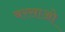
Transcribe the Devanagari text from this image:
बरसाओ